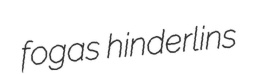
fogas hinderlins